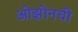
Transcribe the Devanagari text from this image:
ओझोनची